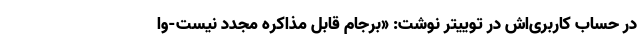
در حساب کاربری‌اش در توییتر نوشت: «برجام قابل مذاکره مجدد نیست-وا